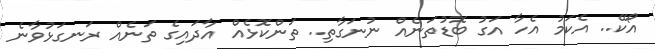
އޯކޭ.. އެކަމު އެހާ އަގު ބޮޑުތަނެއް ނުނަގާތި.. ތަންކޮޅެއް އާދައިގެ ތަނެއް ރަނގަޅުވާނެ